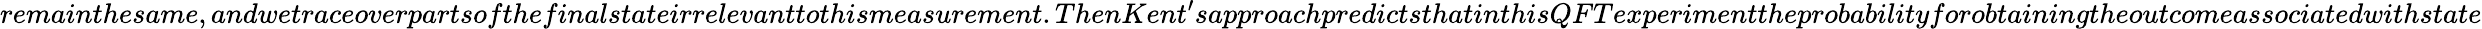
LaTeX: remainthesame,andwetraceoverpartsofthefinalstateirrelevanttothismeasurement.ThenKent^{\prime}sapproachpredictsthatinthisQFTexperimenttheprobabilityforobtainingtheoutcomeassociatedwithstate